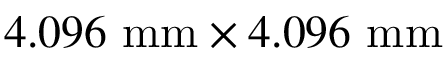
4 . 0 9 6 ~ \mathrm { m m } \times 4 . 0 9 6 ~ \mathrm { m m }